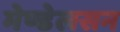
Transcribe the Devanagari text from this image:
मेण्डेलसन